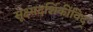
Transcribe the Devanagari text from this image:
सूक्ष्मदर्शिकीविद्